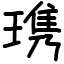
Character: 㻪